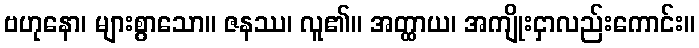
ဗဟုနော၊ များစွာသော။ ဇနဿ၊ လူ၏။ အတ္ထာယ၊ အကျိုးငှာလည်းကောင်း။